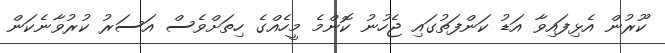
ކޫރުން އެޅިފައިވާ އަޑު ކަންފަތުގައި ޖެހުނު ކޮންމެ މީހެއްގެ ހިތަށްވެސް އަސަރު ކުރުވާނެކަން